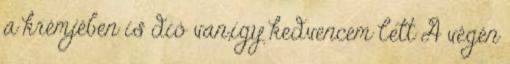
a krémjében is dió van,így kedvencem lett A végén